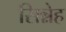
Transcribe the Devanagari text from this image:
सिन्नेह